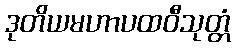
ဒုတိယမဟာပထဝီသုတ္တံ